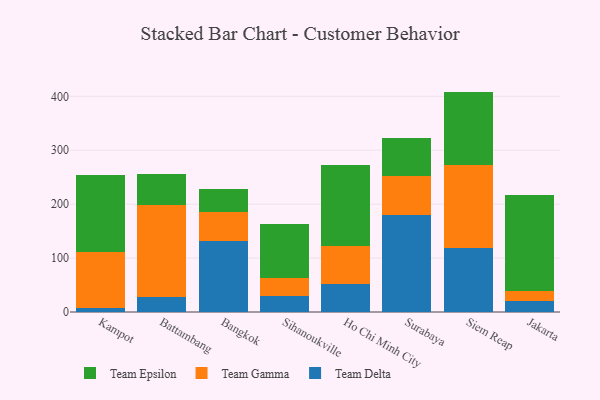
{"axis": {"x": "City", "y": "Inventory Turnover"}, "legend": ["Team Delta", "Team Epsilon", "Team Gamma"], "data": [{"x": "Kampot", "y": 7.3, "type": "Team Delta"}, {"x": "Kampot", "y": 103.7, "type": "Team Gamma"}, {"x": "Kampot", "y": 143.4, "type": "Team Epsilon"}, {"x": "Battambang", "y": 28.3, "type": "Team Delta"}, {"x": "Battambang", "y": 170.7, "type": "Team Gamma"}, {"x": "Battambang", "y": 56.3, "type": "Team Epsilon"}, {"x": "Bangkok", "y": 130.9, "type": "Team Delta"}, {"x": "Bangkok", "y": 55.3, "type": "Team Gamma"}, {"x": "Bangkok", "y": 42.7, "type": "Team Epsilon"}, {"x": "Sihanoukville", "y": 29.5, "type": "Team Delta"}, {"x": "Sihanoukville", "y": 33.0, "type": "Team Gamma"}, {"x": "Sihanoukville", "y": 101.1, "type": "Team Epsilon"}, {"x": "Ho Chi Minh City", "y": 51.7, "type": "Team Delta"}, {"x": "Ho Chi Minh City", "y": 71.6, "type": "Team Gamma"}, {"x": "Ho Chi Minh City", "y": 150.0, "type": "Team Epsilon"}, {"x": "Surabaya", "y": 179.8, "type": "Team Delta"}, {"x": "Surabaya", "y": 71.8, "type": "Team Gamma"}, {"x": "Surabaya", "y": 71.2, "type": "Team Epsilon"}, {"x": "Siem Reap", "y": 118.1, "type": "Team Delta"}, {"x": "Siem Reap", "y": 154.1, "type": "Team Gamma"}, {"x": "Siem Reap", "y": 136.6, "type": "Team Epsilon"}, {"x": "Jakarta", "y": 21.3, "type": "Team Delta"}, {"x": "Jakarta", "y": 16.8, "type": "Team Gamma"}, {"x": "Jakarta", "y": 179.1, "type": "Team Epsilon"}]}